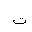
Letter: _ta